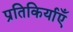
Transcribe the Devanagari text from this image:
प्रतिकिर्याएँ